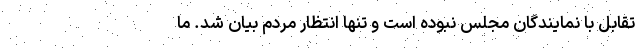
تقابل با نمایندگان مجلس نبوده است و تنها انتظار مردم بیان شد. ما